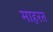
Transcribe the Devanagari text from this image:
माहरत